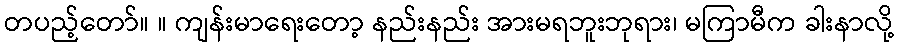
တပည့်တော်။ ။ ကျန်းမာရေးတော့ နည်းနည်း အားမရဘူးဘုရား၊ မကြာမီက ခါးနာလို့